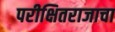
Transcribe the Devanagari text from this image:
परीक्षितराजाचा